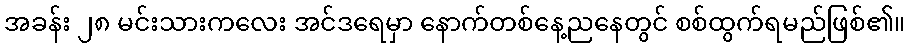
အခန်း ၂၈ မင်းသားကလေး အင်ဒရေမှာ နောက်တစ်နေ့ညနေတွင် စစ်ထွက်ရမည်ဖြစ်၏။